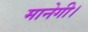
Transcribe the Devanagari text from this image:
मानेगी।